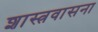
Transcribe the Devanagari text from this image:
शास्त्रवासना